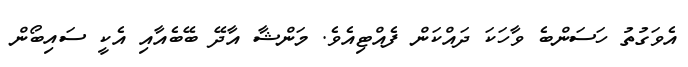
އެވަގުތު ހަސަންބެ ވާހަކަ ދައްކަން ފެއްޓިއެވެ. މަންޝާ އާދޭ ބޭބެއާއި އެކީ ސައިބޯން